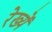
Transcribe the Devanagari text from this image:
रेख्यें